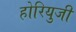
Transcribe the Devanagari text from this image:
होरियुजी